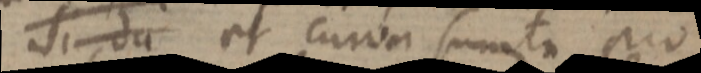
Si du et curva sumta pro